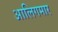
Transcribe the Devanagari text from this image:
आलिगमार